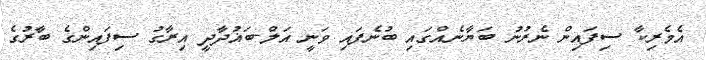
އެމެރިކާ ސިފައިން ނެރުނު ބަޔާނެއްގައި ބުނެފައި ވަނީ އަލް-ބަޣުދާދީ އިރާގު ސިފައިންގެ ބާރުގެ